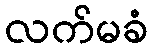
လက်မခံ